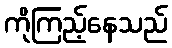
ကိုကြည့်နေသည်